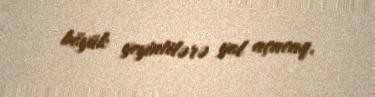
böyük yeyintilərə yol açacaq.